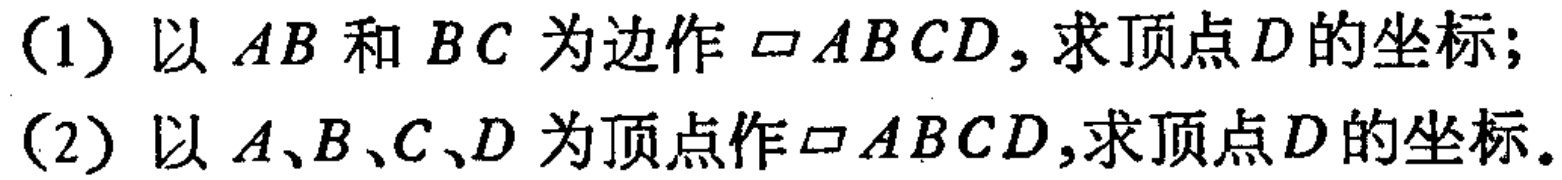
(1) 以 \(AB\) 和 \(BC\) 为边作 \(\square ABCD\)，求顶点 \(D\) 的坐标；
(2) 以 \(A、B、C、D\) 为顶点作 \(\square ABCD\)，求顶点 \(D\) 的坐标。